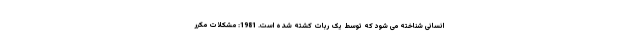
انسانی شناخته می شود که توسط یک ربات کشته شده است. 1981: مشکلات مکرر